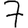
Digit: 7